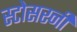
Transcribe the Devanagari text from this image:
स्टोसरनी